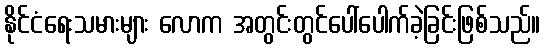
နိုင်ငံရေးသမားများ လောက အတွင်းတွင်ပေါ်ပေါက်ခဲ့ခြင်းဖြစ်သည်။